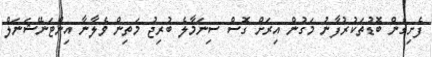
ފެށިގެން ބޮޑުތަކުރުފާނު މަގުން އިރަށް ގޮސް ސިނަމާލެ ބުރިޖު މަތިން ވެލާނާ އިންޓަނޭޝަނަލް